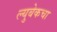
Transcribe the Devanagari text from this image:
ल्युबेकचा